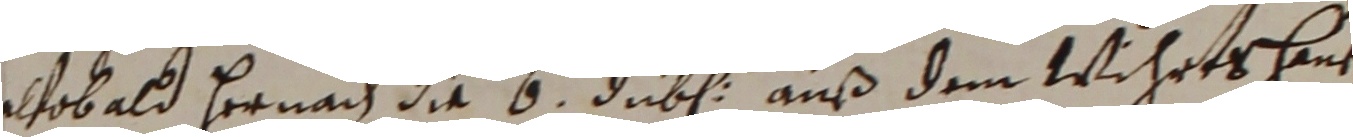
wobald hernach die 6 duben auß dem wihrtshaut